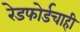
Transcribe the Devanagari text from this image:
रेडफोर्डचाही